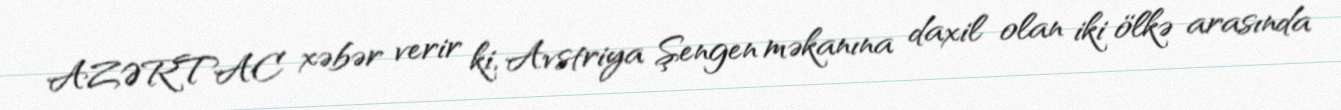
AZƏRTAC xəbər verir ki, Avstriya Şengen məkanına daxil olan iki ölkə arasında